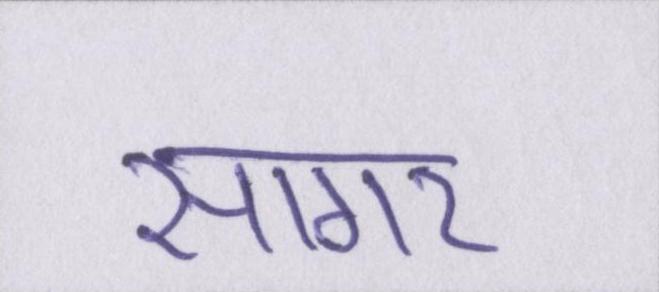
सागर